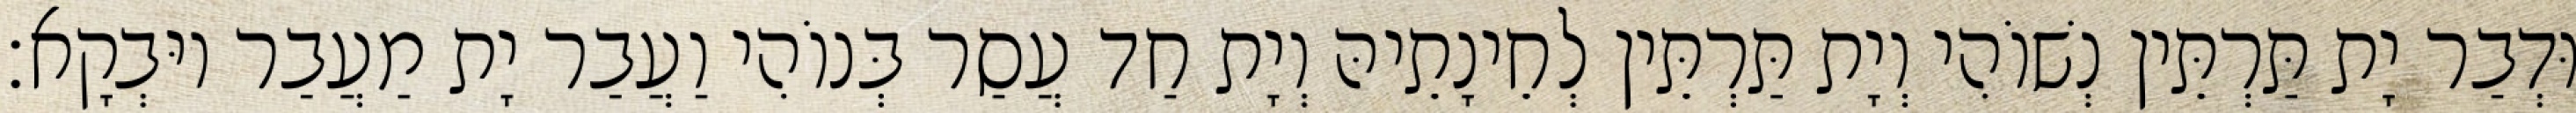
וּדְבַר יָת תַּרְתֵּין נְשׁוֹהִי וְיָת תַּרְתֵּין לְחֵינָתֵיהּ וְיָת חַד עֲסַר בְּנוֹהִי וַעֲבַר יָת מַעֲבַר יוּבְקָא׃